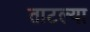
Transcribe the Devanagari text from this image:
ताटल्या